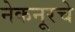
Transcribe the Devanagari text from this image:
नेकनूरचे